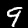
Digit: 9